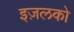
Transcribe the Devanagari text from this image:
इज़लको